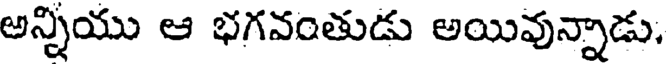
అన్నియు ఆ భగవంతుడు అయివున్నాడు.